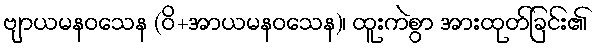
ဗျာယမနဝသေန (ဝိ+အာယမနဝသေန)၊ ထူးကဲစွာ အားထုတ်ခြင်း၏